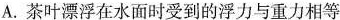
A.茶叶漂浮在水面时受到的浮力与重力相等